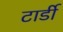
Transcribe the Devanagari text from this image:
टार्डी